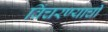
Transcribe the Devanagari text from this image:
विंचरण्याची